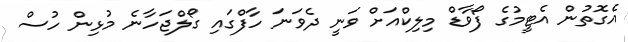
އެގޮތުން އެޓީމުގެ ފޯވާޑް މިލިކްއަށް ވަނީ ދެވަނަ ހާފްގައި ގޯލްޖަހާނެ މުޅިން ހުސް